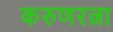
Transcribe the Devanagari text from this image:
करुणरत्ना